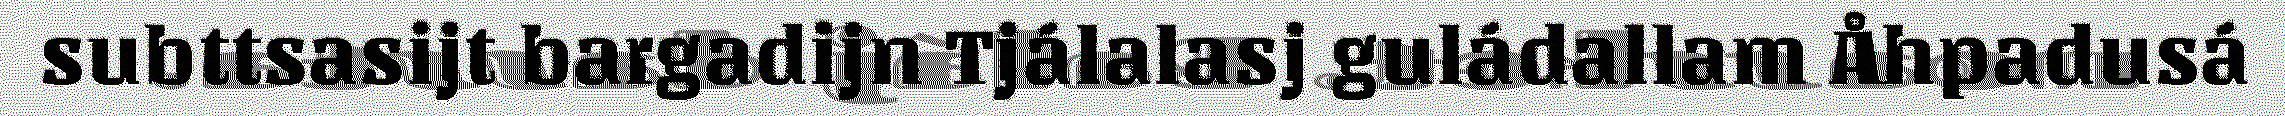
subttsasijt bargadijn Tjálalasj guládallam Åhpadusá